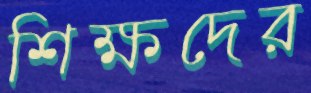
শিক্ষদের